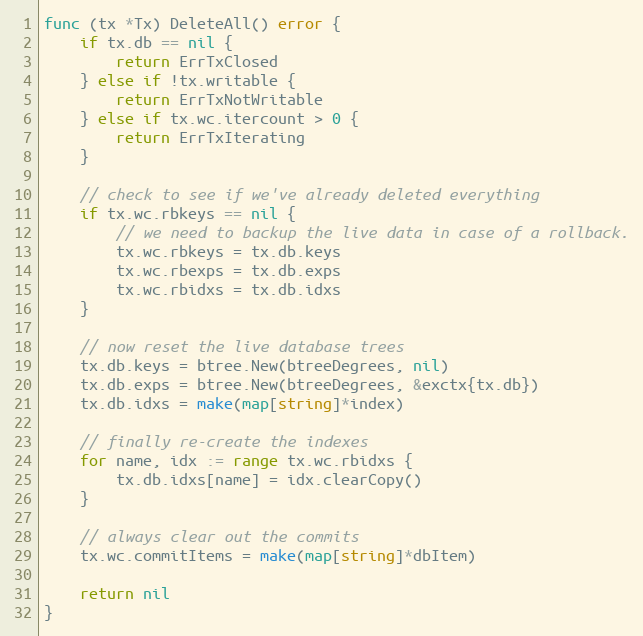
Language: Go
func (tx *Tx) DeleteAll() error {
	if tx.db == nil {
		return ErrTxClosed
	} else if !tx.writable {
		return ErrTxNotWritable
	} else if tx.wc.itercount > 0 {
		return ErrTxIterating
	}

	// check to see if we've already deleted everything
	if tx.wc.rbkeys == nil {
		// we need to backup the live data in case of a rollback.
		tx.wc.rbkeys = tx.db.keys
		tx.wc.rbexps = tx.db.exps
		tx.wc.rbidxs = tx.db.idxs
	}

	// now reset the live database trees
	tx.db.keys = btree.New(btreeDegrees, nil)
	tx.db.exps = btree.New(btreeDegrees, &exctx{tx.db})
	tx.db.idxs = make(map[string]*index)

	// finally re-create the indexes
	for name, idx := range tx.wc.rbidxs {
		tx.db.idxs[name] = idx.clearCopy()
	}

	// always clear out the commits
	tx.wc.commitItems = make(map[string]*dbItem)

	return nil
}